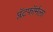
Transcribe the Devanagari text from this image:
प्लॅटफॉर्मला